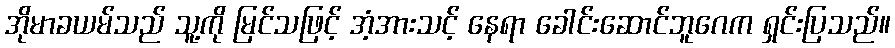
အိုမာခယမ်သည် သူ့ကို မြင်သဖြင့် အံ့အားသင့် နေရာ ခေါင်းဆောင်ဘူဂေက ရှင်းပြသည်။